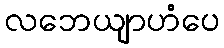
လဘေယျာဟံပေ